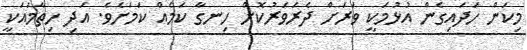
މިކަން ހަދައިގެން އުޅުމަކީ ވަރަށް ދެރަވަރުކޮށް ހިނގާ ކަމެއް ކަމަށެވެ. އަދި ހިތާމައަކީ